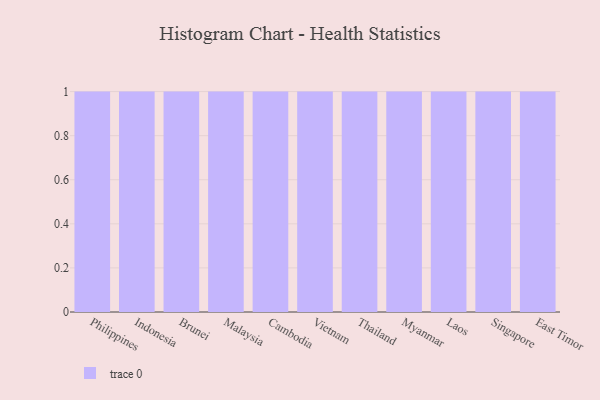
{"axis": {"x": "Country", "y": "Latency (ms)"}, "legend": [""], "data": [{"x": "Philippines", "y": 84, "type": ""}, {"x": "Indonesia", "y": 83, "type": ""}, {"x": "Brunei", "y": 33, "type": ""}, {"x": "Malaysia", "y": 25, "type": ""}, {"x": "Cambodia", "y": 43, "type": ""}, {"x": "Vietnam", "y": 28, "type": ""}, {"x": "Thailand", "y": 86, "type": ""}, {"x": "Myanmar", "y": 82, "type": ""}, {"x": "Laos", "y": 34, "type": ""}, {"x": "Singapore", "y": 23, "type": ""}, {"x": "East Timor", "y": 20, "type": ""}]}